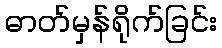
ဓာတ်မှန်ရိုက်ခြင်း